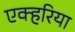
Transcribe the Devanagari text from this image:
एक्हरिया